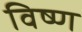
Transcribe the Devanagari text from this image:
विष्ण